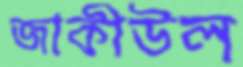
জাকীউল